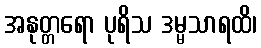
အနုတ္တရော ပုရိသ ဒမ္မသာရထိ၊